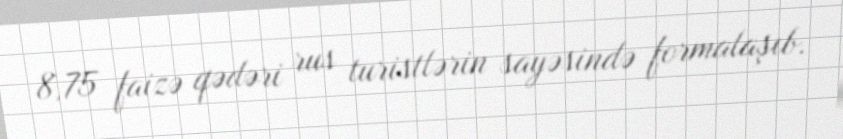
8,75 faizə qədəri rus turistlərin sayəsində formalaşıb.